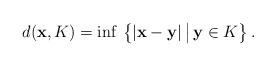
LaTeX: \begin{align*} d({\bf x},K) = \inf \,\big\{ |{\bf x}-{\bf y}|\,\big|\, {\bf y}\in K\big\}\,.\end{align*}